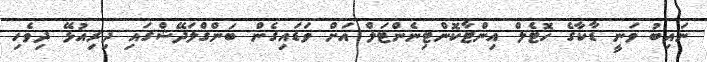
ނައިބު ވަނީ ޑާކާގެ ހޮޓެލް އިންޓާކޮންޓިނެންޓަލް އަށް ވަޑައިގެން ބަންގްލަދޭޝްގައި ދިރިއުޅޭ ދިވެހި